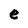
Character: e